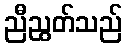
ညီညွတ်သည်